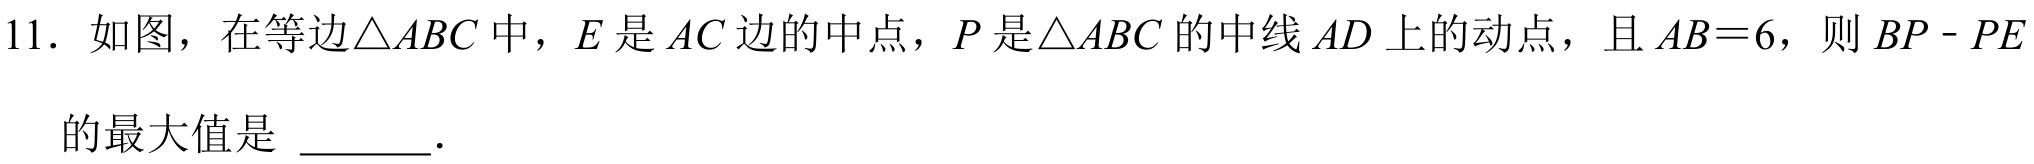
11. 如图，在等边\(\triangle ABC\)中，\(E\)是\(AC\)边的中点，\(P\)是\(\triangle ABC\)的中线\(AD\)上的动点，且\(AB = 6\)，则\(BP - PE\)
的最大值是 \(\underline{\quad\quad}\).